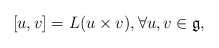
\begin{align*} [u,v] = L(u\times v),\forall u,v\in \mathfrak{g},\end{align*}